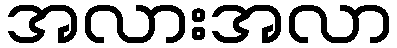
အလားအလာ